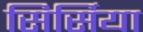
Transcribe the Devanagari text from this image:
सिर्सिया